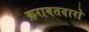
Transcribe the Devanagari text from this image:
क़राबतदारो